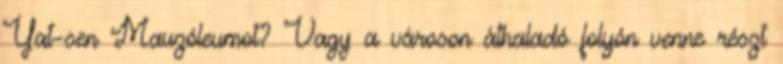
Yat-sen Mauzóleumot? Vagy a városon áthaladó folyón venne részt